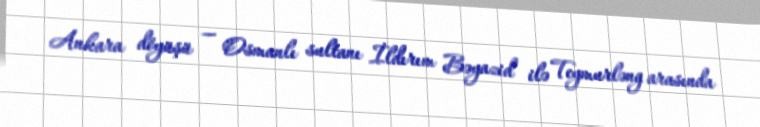
Ankara döyüşü — Osmanlı sultanı İldırım Bəyazid ilə Teymurləng arasında